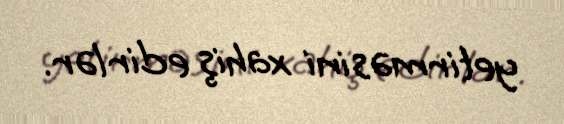
yetirməsini xahiş edirlər.